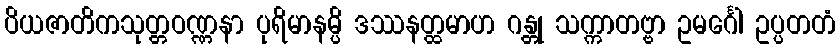
ပိယဇာတိကသုတ္တဝဏ္ဏနာ ပုရိမာနမ္ပိ ဒဿနတ္ထမာဟ ဂန္တု သက္ကာတဗ္ဗာ ဥမင်္ဂေါ ဥပ္ပတတံ